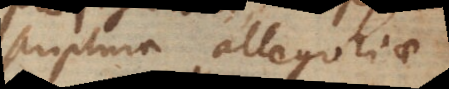
scriptura allegoriae